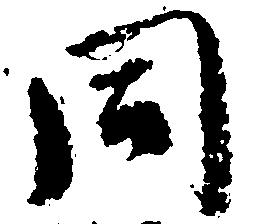
同